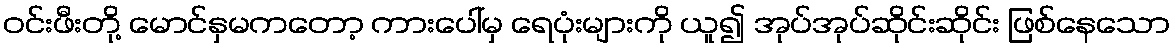
ဝင်းဖီးတို့ မောင်နှမကတော့ ကားပေါ်မှ ရေပုံးများကို ယူ၍ အုပ်အုပ်ဆိုင်းဆိုင်း ဖြစ်နေသော